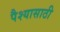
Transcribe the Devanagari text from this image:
पैश्यासाठी